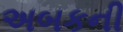
અબકની